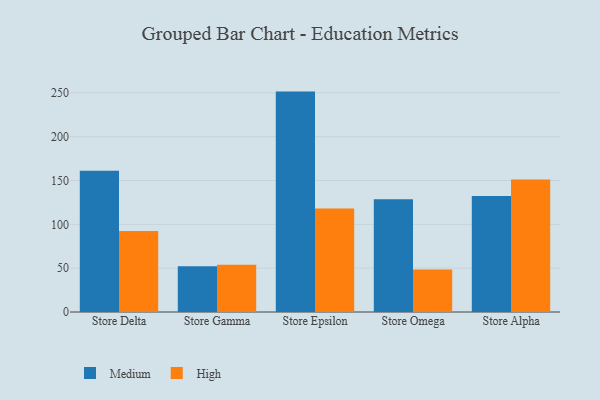
{"axis": {"x": "Store", "y": "Satisfaction Score"}, "legend": ["High", "Medium"], "data": [{"x": "Store Delta", "y": 161.2, "type": "Medium"}, {"x": "Store Delta", "y": 92.5, "type": "High"}, {"x": "Store Gamma", "y": 52.3, "type": "Medium"}, {"x": "Store Gamma", "y": 54.0, "type": "High"}, {"x": "Store Epsilon", "y": 251.4, "type": "Medium"}, {"x": "Store Epsilon", "y": 118.1, "type": "High"}, {"x": "Store Omega", "y": 128.6, "type": "Medium"}, {"x": "Store Omega", "y": 48.6, "type": "High"}, {"x": "Store Alpha", "y": 132.4, "type": "Medium"}, {"x": "Store Alpha", "y": 151.2, "type": "High"}]}